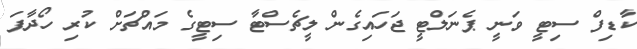
ކާޑިފް ސިޓީ ވަނީ ޕެނަލްޓީ ޖަހައިގެން ލީޗެސްޓާ ސިޓީގެ މައްޗަށް ކުރި ހޯދާފަ